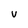
Character: V